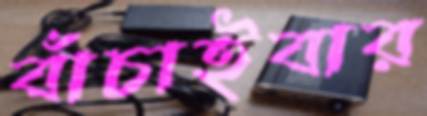
বাঁচাইবার